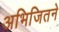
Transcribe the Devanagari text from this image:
अभिजितने